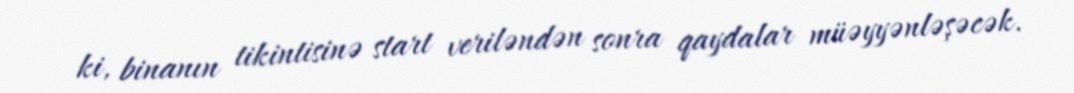
ki, binanın tikintisinə start veriləndən sonra qaydalar müəyyənləşəcək.